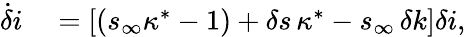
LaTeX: \begin{array}{rl}{\dot{\delta}i}&{{}=[(s_{\infty}\kappa^{*}-1)+\delta s\, \kappa^{*}-s_{\infty}\, \delta k]\delta i,}\end{array}